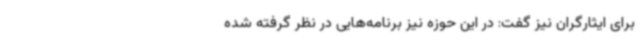
برای ایثارگران نیز گفت: در این حوزه نیز برنامه‌هایی در نظر گرفته شده